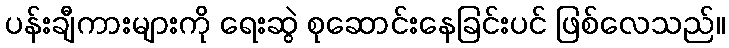
ပန်းချီကားများကို ရေးဆွဲ စုဆောင်းနေခြင်းပင် ဖြစ်လေသည်။